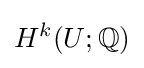
H^{k}(U;\mathbb {Q} )